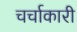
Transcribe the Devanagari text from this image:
चर्चाकारी